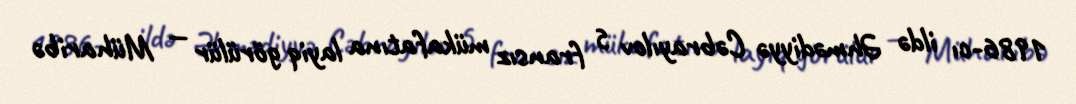
1986-cı ildə Əhmədiyyə Cəbrayılov 5 fransız mükafatına layiq görülür — Müharibə